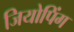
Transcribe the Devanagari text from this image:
जियोपिंग